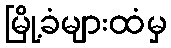
မြို့ခံများထံမှ